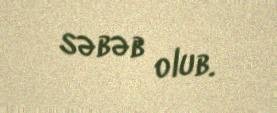
səbəb olub.